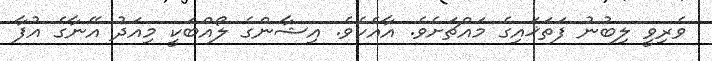
ވެރިވީ ލިބުނު ފަތަޚައިގެ މައްޗަށެވެ. އާއެކެވެ. އިޝާންގެ ލޯއްބަކީ މިއަދު އޭނާގެ އުފާ